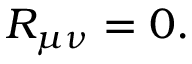
R _ { \mu \nu } = 0 .